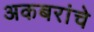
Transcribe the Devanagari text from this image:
अकबरांचे